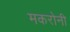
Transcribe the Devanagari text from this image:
मकरोनी